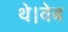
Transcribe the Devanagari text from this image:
थे।वेब